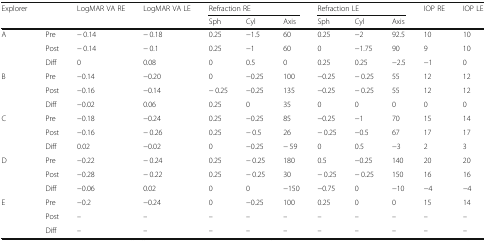
<table><thead><tr><td rowspan="2"><b>Explorer</b></td><td></td><td><b>LogMAR VA RE</b></td><td><b>LogMAR VA LE</b></td><td colspan="3"><b>Refraction RE</b></td><td colspan="3"><b>Refraction LE</b></td><td><b>IOP RE</b></td><td><b>IOP LE</b></td></tr><tr><td></td><td></td><td></td><td><b>Sph</b></td><td><b>Cyl</b></td><td><b>Axis</b></td><td><b>Sph</b></td><td><b>Cyl</b></td><td><b>Axis</b></td><td></td><td></td></tr></thead><tbody><tr><td rowspan="3">A</td><td>Pre</td><td>− 0.14</td><td>− 0.18</td><td>0.25</td><td>−1.5</td><td>60</td><td>0.25</td><td>−2</td><td>92.5</td><td>10</td><td>10</td></tr><tr><td>Post</td><td>− 0.14</td><td>− 0.1</td><td>0.25</td><td>−1</td><td>60</td><td>0</td><td>−1.75</td><td>90</td><td>9</td><td>10</td></tr><tr><td>Diff</td><td>0</td><td>0.08</td><td>0</td><td>0.5</td><td>0</td><td>0.25</td><td>0.25</td><td>−2.5</td><td>−1</td><td>0</td></tr><tr><td rowspan="3">B</td><td>Pre</td><td>−0.14</td><td>−0.20</td><td>0</td><td>−0.25</td><td>100</td><td>−0.25</td><td>− 0.25</td><td>55</td><td>12</td><td>12</td></tr><tr><td>Post</td><td>−0.16</td><td>−0.14</td><td>− 0.25</td><td>−0.25</td><td>135</td><td>−0.25</td><td>− 0.25</td><td>55</td><td>12</td><td>12</td></tr><tr><td>Diff</td><td>−0.02</td><td>0.06</td><td>0.25</td><td>0</td><td>35</td><td>0</td><td>0</td><td>0</td><td>0</td><td>0</td></tr><tr><td rowspan="3">C</td><td>Pre</td><td>−0.18</td><td>−0.24</td><td>0.25</td><td>−0.25</td><td>85</td><td>−0.25</td><td>−1</td><td>70</td><td>15</td><td>14</td></tr><tr><td>Post</td><td>−0.16</td><td>− 0.26</td><td>0.25</td><td>− 0.5</td><td>26</td><td>− 0.25</td><td>−0.5</td><td>67</td><td>17</td><td>17</td></tr><tr><td>Diff</td><td>0.02</td><td>−0.02</td><td>0</td><td>−0.25</td><td>− 59</td><td>0</td><td>0.5</td><td>−3</td><td>2</td><td>3</td></tr><tr><td rowspan="3">D</td><td>Pre</td><td>−0.22</td><td>− 0.24</td><td>0.25</td><td>− 0.25</td><td>180</td><td>0.5</td><td>−0.25</td><td>140</td><td>20</td><td>20</td></tr><tr><td>Post</td><td>−0.28</td><td>− 0.22</td><td>0.25</td><td>− 0.25</td><td>30</td><td>− 0.25</td><td>− 0.25</td><td>150</td><td>16</td><td>16</td></tr><tr><td>Diff</td><td>−0.06</td><td>0.02</td><td>0</td><td>0</td><td>−150</td><td>−0.75</td><td>0</td><td>−10</td><td>−4</td><td>−4</td></tr><tr><td rowspan="3">E</td><td>Pre</td><td>−0.2</td><td>−0.24</td><td>0</td><td>−0.25</td><td>100</td><td>0.25</td><td>0</td><td>0</td><td>15</td><td>14</td></tr><tr><td>Post</td><td>–</td><td>–</td><td>–</td><td>–</td><td>–</td><td>–</td><td>–</td><td>–</td><td>–</td><td>–</td></tr><tr><td>Diff</td><td>–</td><td>–</td><td>–</td><td>–</td><td>–</td><td>–</td><td>–</td><td>–</td><td>–</td><td>–</td></tr></tbody></table>